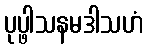
ပုပ္ဖါသနမဒါသဟံ